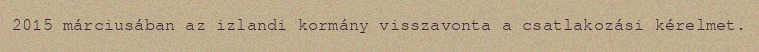
2015 márciusában az izlandi kormány visszavonta a csatlakozási kérelmet.